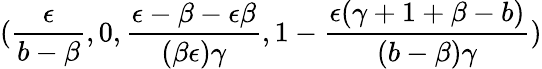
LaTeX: (\frac{\epsilon}{b-\beta},0,\frac{\epsilon-\beta-\epsilon\beta}{(\beta\epsilon)\gamma},1-\frac{\epsilon(\gamma+1+\beta-b)}{(b-\beta)\gamma})